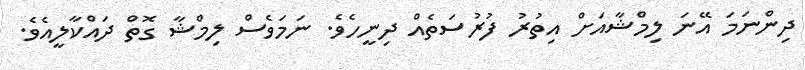
ދިންނަމަ އޭނަ ލިމްޝާއަށް އިތުރު ފުރުސަތެއް ދިނީހެވެ. ނަމަވެސް ލިމްޝާ ގޮތް ދައްކާލީއެވެ.